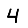
Digit: 4